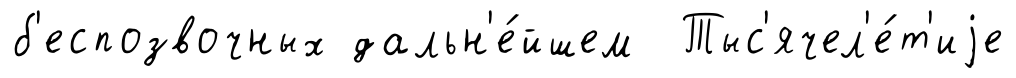
б'еспозвочных дальн'е́йшем Тыс'ячел'е́т'иjе